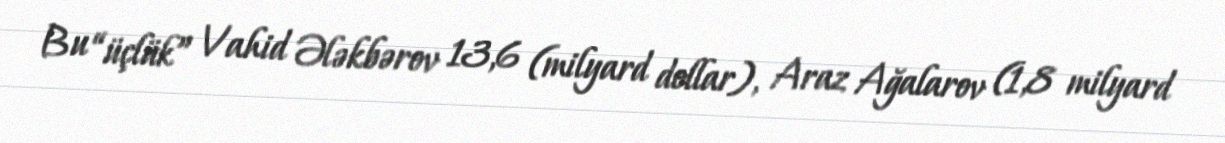
Bu “üçlük” Vahid Ələkbərov 13,6 (milyard dollar), Araz Ağalarov (1,8 milyard